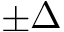
\pm \Delta